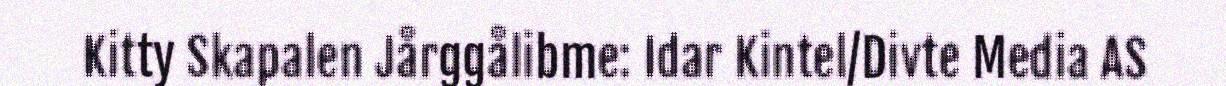
Kitty Skapalen Jårggålibme: Idar Kintel/Divte Media AS